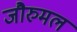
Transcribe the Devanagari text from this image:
जौरुमल